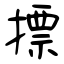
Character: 摽